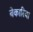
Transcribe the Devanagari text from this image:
बेकारिया